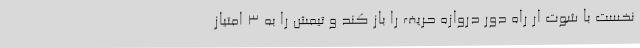
نخست با شوت ار راه دور دروازه حریف را باز کند و تیمش را به 3 امتیاز